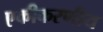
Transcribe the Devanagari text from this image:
एकीकरणीय